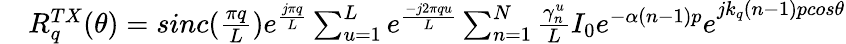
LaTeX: \begin{array}{rl}&{R_{q}^{TX}(\theta)=sinc(\frac{\pi q}{L})e^{\frac{j\pi q}{L}}\sum_{u=1}^{L}{e^{\frac{-j2\pi qu}{L}}\sum_{n=1}^{N}\frac{\gamma_{n}^{u}}{L}}{I_{0}e^{-\alpha(n-1)p}e}^{jk_{q}(n-1)pcos\theta}}\end{array}